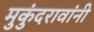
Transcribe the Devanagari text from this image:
मुकुंदरावांनी